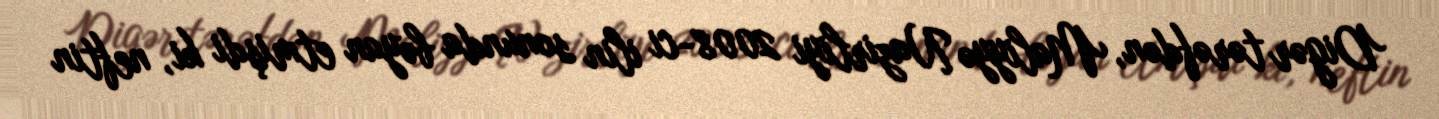
Digər tərəfdən, Maliyyə Nazirliyi 2008-ci ilin sonunda bəyan etmişdi ki, neftin